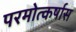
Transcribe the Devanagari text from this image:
परमोत्कर्षास